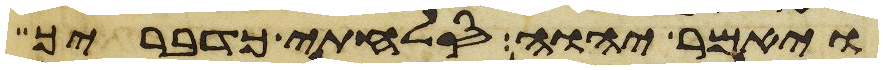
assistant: ויאמר יהוה סלחתי כדבריך